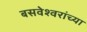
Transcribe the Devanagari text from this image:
बसवेश्वरांच्या